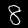
Label: 8